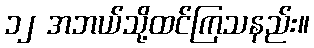
၁၂ အဘယ်သို့ထင်ကြသနည်း။